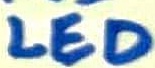
Text: LED